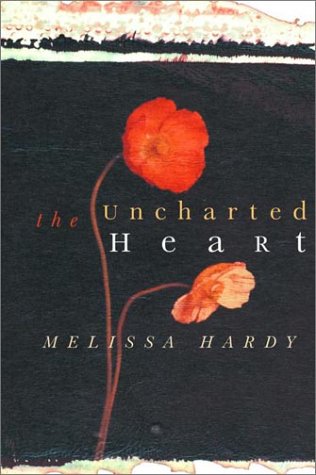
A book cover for The Uncharted Heart; Melissa A. Hardy; Literature & Fiction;